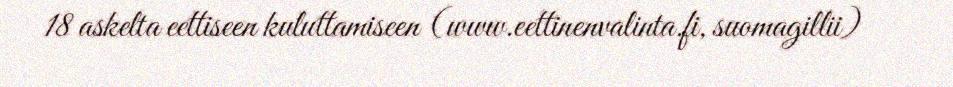
18 askelta eettiseen kuluttamiseen (www.eettinenvalinta.fi, suomagillii)